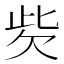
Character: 𣢙